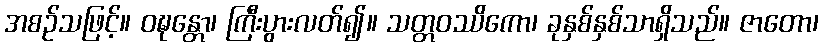
အစဉ်သဖြင့်။ ဝဍ္ဎန္တော၊ ကြီးပွားလတ်၍။ သတ္တဝဿိကော၊ ခုနှစ်နှစ်သာရှိသည်။ ဇာတော၊